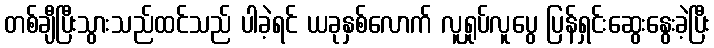
တစ်ချီပြီးသွားသည်ထင်သည် ပါခဲ့ရင် ယခုနှစ်လောက် လူရှုပ်လူပွေ ပြန်ရှင်းဆွေးနွေးခဲ့ပြီး